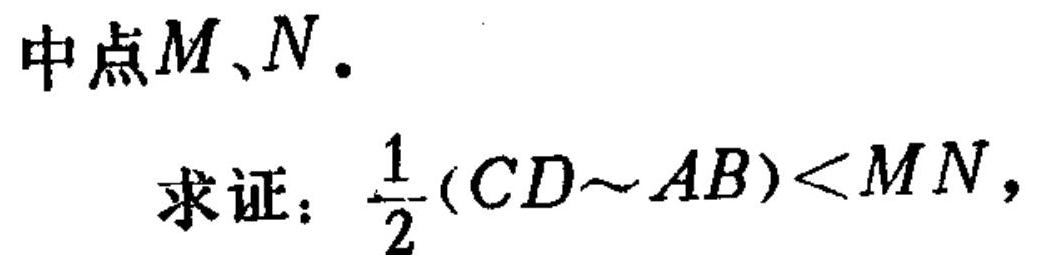
中点\(M、N\).
求证：\(\frac{1}{2}(CD - AB)<MN\)，